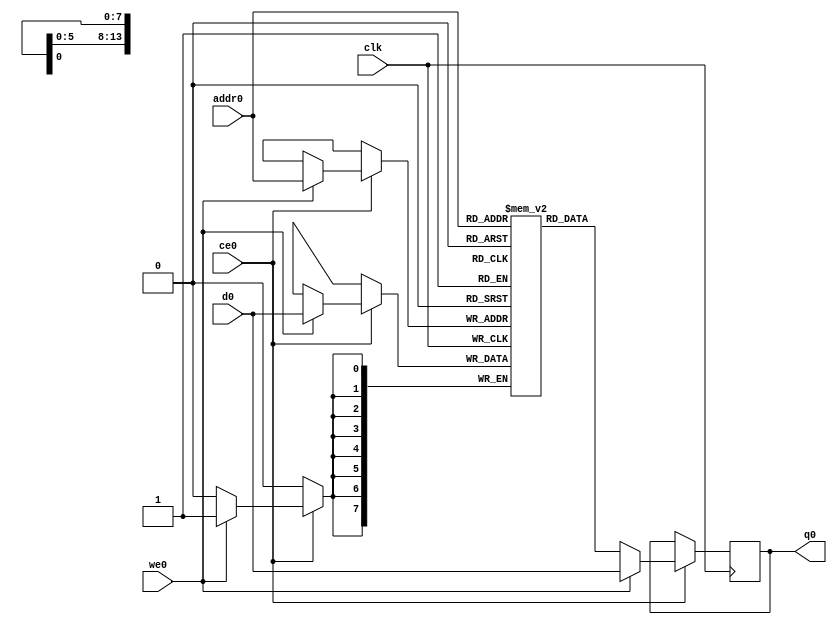
// ==============================================================
// File generated by Vivado(TM) HLS - High-Level Synthesis from C, C++ and SystemC
// Version: 2018.2
// Copyright (C) 1986-2018 Xilinx, Inc. All Rights Reserved.
// 
// ==============================================================

`timescale 1 ns / 1 ps
module matrix_multiply_tisb_ram (addr0, ce0, d0, we0, q0,  clk);

parameter DWIDTH = 8;
parameter AWIDTH = 14;
parameter MEM_SIZE = 8384;

input[AWIDTH-1:0] addr0;
input ce0;
input[DWIDTH-1:0] d0;
input we0;
output reg[DWIDTH-1:0] q0;
input clk;

(* ram_style = "block" *)reg [DWIDTH-1:0] ram[0:MEM_SIZE-1];




always @(posedge clk)  
begin 
    if (ce0) 
    begin
        if (we0) 
        begin 
            ram[addr0] <= d0; 
            q0 <= d0;
        end 
        else 
            q0 <= ram[addr0];
    end
end


endmodule


`timescale 1 ns / 1 ps
module matrix_multiply_tisb(
    reset,
    clk,
    address0,
    ce0,
    we0,
    d0,
    q0);

parameter DataWidth = 32'd8;
parameter AddressRange = 32'd8384;
parameter AddressWidth = 32'd14;
input reset;
input clk;
input[AddressWidth - 1:0] address0;
input ce0;
input we0;
input[DataWidth - 1:0] d0;
output[DataWidth - 1:0] q0;



matrix_multiply_tisb_ram matrix_multiply_tisb_ram_U(
    .clk( clk ),
    .addr0( address0 ),
    .ce0( ce0 ),
    .we0( we0 ),
    .d0( d0 ),
    .q0( q0 ));

endmodule